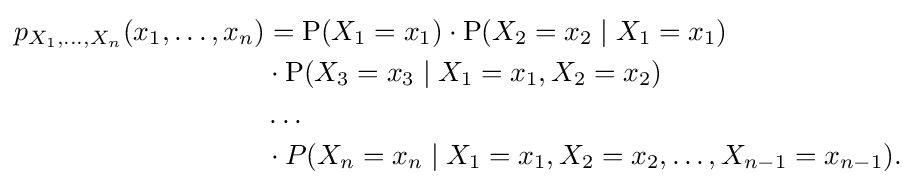
{\begin{aligned}p_{X_{1},\ldots ,X_{n}}(x_{1},\ldots ,x_{n})&=\mathrm {P} (X_{1}=x_{1})\cdot \mathrm {P} (X_{2}=x_{2}\mid X_{1}=x_{1})\\&\cdot \mathrm {P} (X_{3}=x_{3}\mid X_{1}=x_{1},X_{2}=x_{2})\\&\dots \\&\cdot P(X_{n}=x_{n}\mid X_{1}=x_{1},X_{2}=x_{2},\dots ,X_{n-1}=x_{n-1}).\end{aligned}}